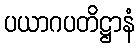
ပယာဂပတိဋ္ဌာနံ